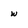
Character: w